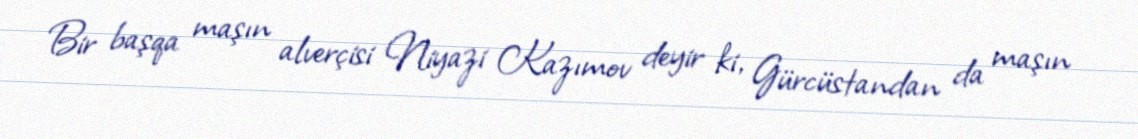
Bir başqa maşın alverçisi Niyazi Kazımov deyir ki, Gürcüstandan da maşın